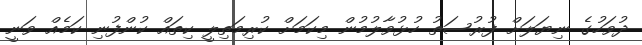
ދުވަހުގެ ނިޔަލަށް ފުރުސަތު ހުޅުވާލުމުން މިކަމަށް ކުރިމަތިލީ ކިތައް ކުންފުނި ކަމެއް ވަނީ